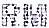
RM